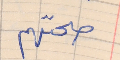
صحتهم